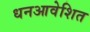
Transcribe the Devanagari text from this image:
धनआवेशित